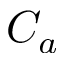
C _ { a }